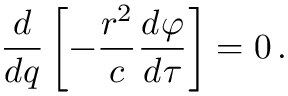
{ \frac { d } { d q } } \left[ - { \frac { r ^ { 2 } } { c } } { \frac { d \varphi } { d \tau } } \right] = 0 \, .